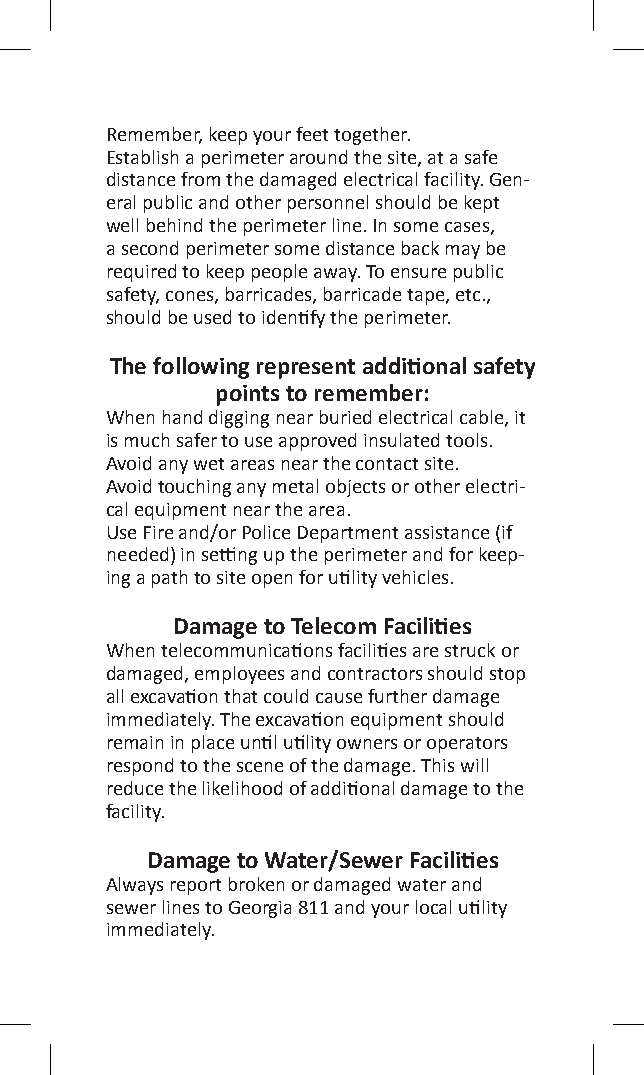
Remember, keep your feet together.
 Establish a perimeter around the site, at a safe
 distance from the damaged electrical facility. Gen-
 eral public and other personnel should be kept
 well behind the perimeter line. In some cases,
 a second perimeter some distance back may be
 required to keep people away. To ensure public
 safety, cones, barricades, barricade tape, etc.,
 should be used to identify the perimeter.
 The following represent additional safety
 points to remember:
 When hand digging near buried electrical cable, it
 is much safer to use approved insulated tools.
 Avoid any wet areas near the contact site.
 Avoid touching any metal objects or other electri-
 cal equipment near the area.
 Use Fire and/or Police Department assistance (if
 needed) in setting up the perimeter and for keep-
 ing a path to site open for utility vehicles.
 Damage to Telecom Facilities
 When telecommunications facilities are struck or
 damaged, employees and contractors should stop
 all excavation that could cause further damage
 immediately. The excavation equipment should
 remain in place until utility owners or operators
 respond to the scene of the damage. This will
 reduce the likelihood of additional damage to the
 facility.
 Damage to Water/Sewer Facilities
 Always report broken or damaged water and
 sewer lines to Georgia 811 and your local utility
 immediately.